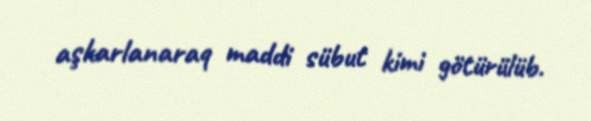
aşkarlanaraq maddi sübut kimi götürülüb.